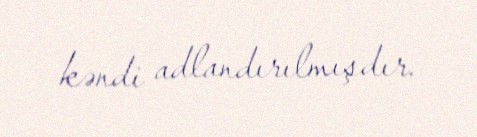
kəndi adlandırılmışdır.